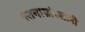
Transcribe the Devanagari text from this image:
स्तनाग्रांखाली